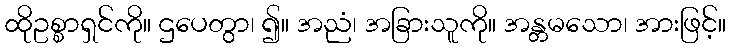
ထိုဥစ္စာရှင်ကို။ ဌပေတွာ၊ ၍။ အညံ၊ အခြားသူကို။ အန္တမသော၊ အားဖြင့်။